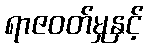
ရာဇဝတ်မှုနှင့်